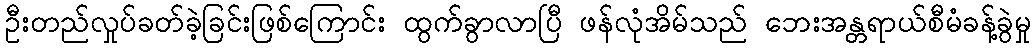
ဦးတည်လှုပ်ခတ်ခဲ့ခြင်းဖြစ်ကြောင်း ထွက်ခွာလာပြီ ဖန်လုံအိမ်သည် ဘေးအန္တရာယ်စီမံခန့်ခွဲမှု